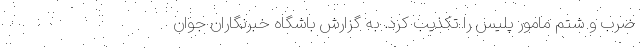
ضرب و شتم مامور پلیس را تکذیب کرد. به گزارش باشگاه خبرنگاران جوان